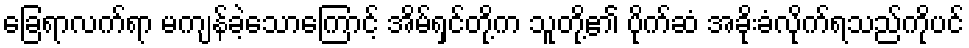
ခြေရာလက်ရာ မကျန်ခဲ့သောကြောင့် အိမ်ရှင်တို့က သူတို့၏ ပိုက်ဆံ အခိုးခံလိုက်ရသည်ကိုပင်